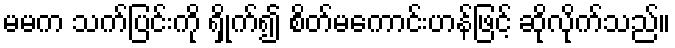
မမက သက်ပြင်းကို ရှိုက်၍ စိတ်မကောင်းဟန်ဖြင့် ဆိုလိုက်သည်။